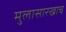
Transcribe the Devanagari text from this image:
मुलासारखाच